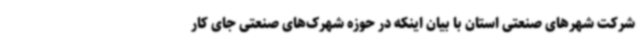
شرکت شهرهای صنعتی استان با بیان اینکه در حوزه شهرک‌های صنعتی جای کار